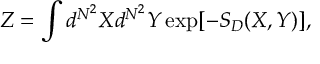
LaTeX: Z = \int d ^ { N ^ { 2 } } X d ^ { N ^ { 2 } } Y \exp [ - S _ { D } ( X , Y ) ] ,